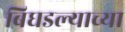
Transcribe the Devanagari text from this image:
बिघडल्याच्या